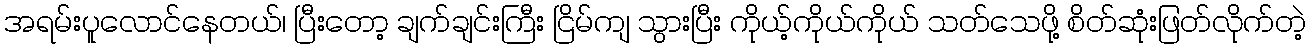
အရမ်းပူလောင်နေတယ်၊ ပြီးတော့ ချက်ချင်းကြီး ငြိမ်ကျ သွားပြီး ကိုယ့်ကိုယ်ကိုယ် သတ်သေဖို့ စိတ်ဆုံးဖြတ်လိုက်တဲ့